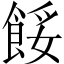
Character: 餒